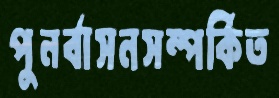
পুনর্বাসনসম্পর্কিত